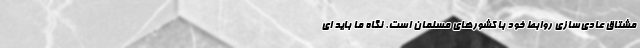
مشتاق عادي‌سازي روابط خود با کشور‌هاي مسلمان است. نگاه ما بايد اي